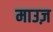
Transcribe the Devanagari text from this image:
माउज़